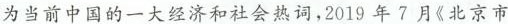
为当前中国的一大经济和社会热词，2019年7月《北京市